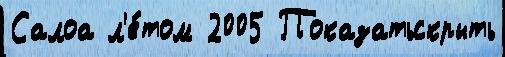
Салоа л'е́том 2005 Показатьскрыть